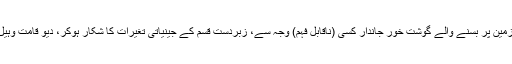
یہی نظریہ ہمیں یہ بھی بتاتا ہے کہ زمین پر بسنے والے گوشت خور جاندار کسی (ناقابلِ فہم) وجہ سے، زبردست قسم کے جینیاتی تغیرات کا شکار ہوکر، دیو قامت وہیل مچھلیوں میں تبدیل ہوگئے ہوں گے۔